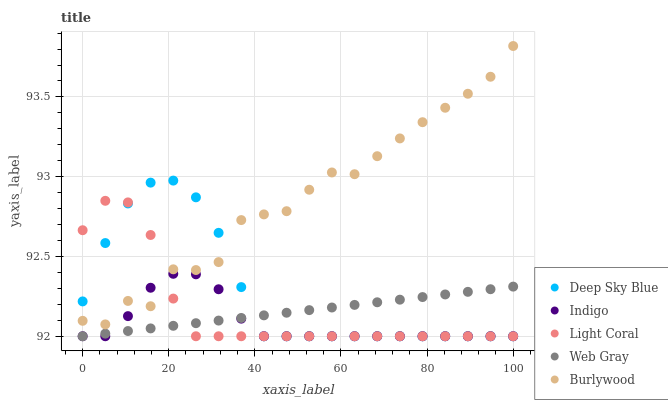
| xaxis_label | Deep Sky Blue | Indigo | Light Coral | Web Gray | Burlywood |
 | --- | --- | --- | --- | --- | --- |
 | 0 | 92.2 | 92 | 92.7 | 92 | 92.1 |
 | 5.26 | 92.6 | 92 | 92.8 | 92 | 92.1 |
 | 10.5 | 92.8 | 92.1 | 92.8 | 92 | 92.2 |
 | 15.8 | 93 | 92.3 | 92.6 | 92 | 92.2 |
 | 21.1 | 93 | 92.4 | 92.2 | 92.1 | 92.4 |
 | 26.3 | 92.9 | 92.4 | 92 | 92.1 | 92.4 |
 | 31.6 | 92.6 | 92.3 | 92 | 92.1 | 92.5 |
 | 36.8 | 92.3 | 92.1 | 92 | 92.1 | 92.7 |
 | 42.1 | 92 | 92 | 92 | 92.1 | 92.8 |
 | 47.4 | 92 | 92 | 92 | 92.1 | 92.8 |
 | 52.6 | 92 | 92 | 92 | 92.2 | 92.9 |
 | 57.9 | 92 | 92 | 92 | 92.2 | 93 |
 | 63.2 | 92 | 92 | 92 | 92.2 | 93 |
 | 68.4 | 92 | 92 | 92 | 92.2 | 93.1 |
 | 73.7 | 92 | 92 | 92 | 92.2 | 93.2 |
 | 78.9 | 92 | 92 | 92 | 92.2 | 93.3 |
 | 84.2 | 92 | 92 | 92 | 92.3 | 93.4 |
 | 89.5 | 92 | 92 | 92 | 92.3 | 93.5 |
 | 94.7 | 92 | 92 | 92 | 92.3 | 93.6 |
 | 100 | 92 | 92 | 92 | 92.3 | 93.8 |